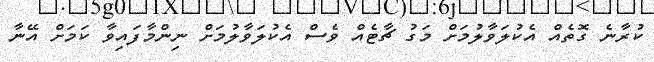
ކުރާނެ ގޮތެއް އެކުލަވާލުމަށް މަގު ޗާޓެއް ވެސް އެކުލަވާލުމަށް ނިންމާފައިވާ ކަމަށް އޭނާ